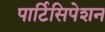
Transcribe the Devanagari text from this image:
पार्टिसिपेशन